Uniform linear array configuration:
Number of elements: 64
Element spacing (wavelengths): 1
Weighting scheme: exponential
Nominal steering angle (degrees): -60
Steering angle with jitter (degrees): -58.792
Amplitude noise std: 0.05
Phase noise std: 0.05

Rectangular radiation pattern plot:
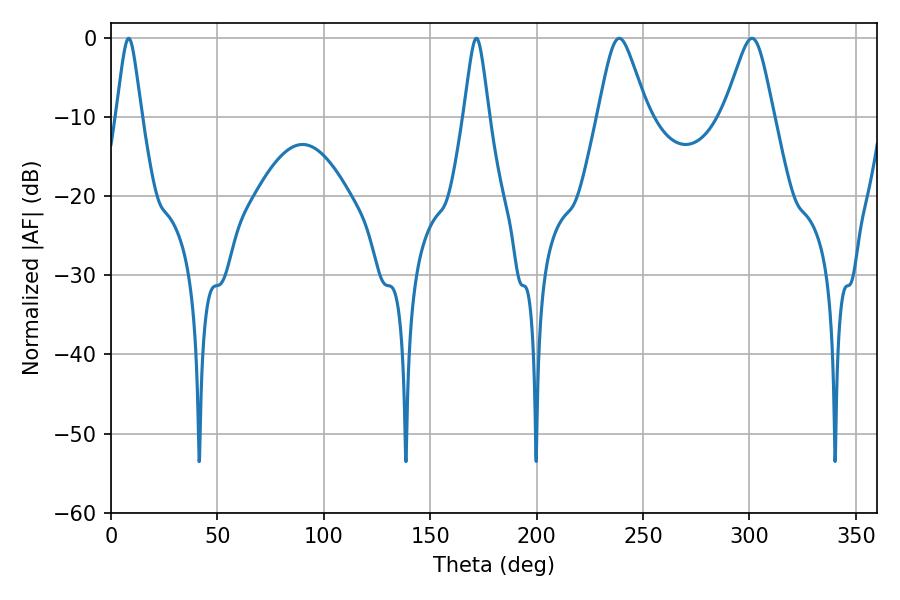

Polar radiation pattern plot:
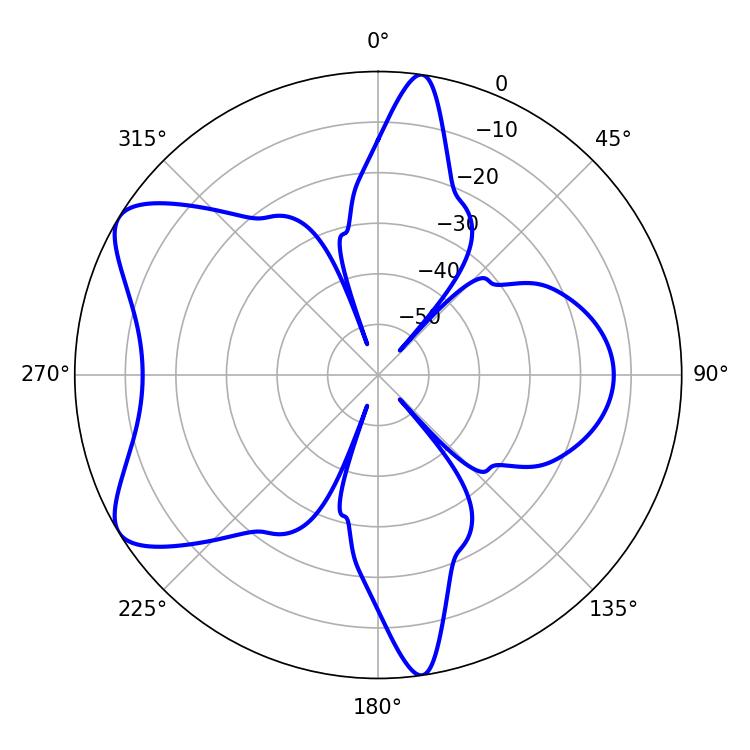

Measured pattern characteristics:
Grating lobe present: TRUE
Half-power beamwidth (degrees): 11.34
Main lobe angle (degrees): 238.86